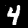
Label: 4